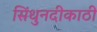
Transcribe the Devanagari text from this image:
सिंधुनदीकाठी